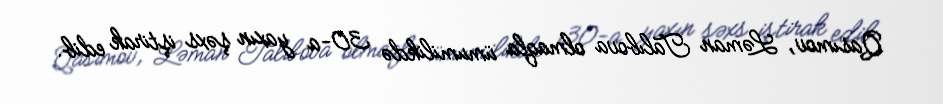
Qasımov, Ləman Talıbova olmaqla ümumilikdə 30-a yaxın şəxs iştirak edib.